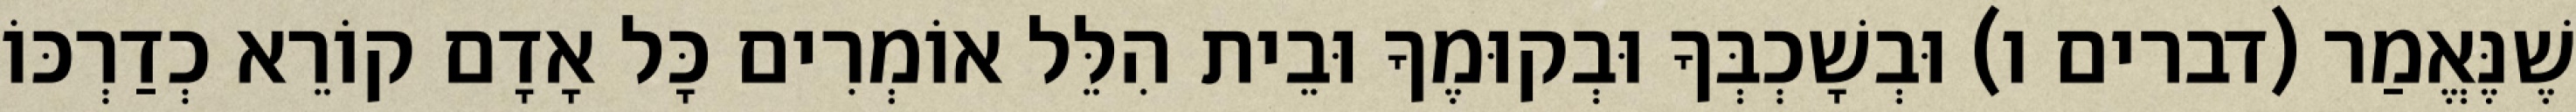
שֶׁנֶּאֱמַר (דברים ו) וּבְשָׁכְבְּךָ וּבְקוּמֶךָ וּבֵית הִלֵּל אוֹמְרִים כָּל אָדָם קוֹרֵא כְדַרְכּוֹ